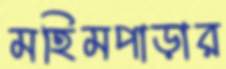
মহিমপাড়ার